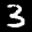
Label: 3